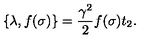
\{ \lambda , f ( \sigma ) \} = \frac { \gamma ^ { 2 } } { 2 } f ( \sigma ) t _ { 2 } .